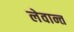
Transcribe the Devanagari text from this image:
लेवान्त